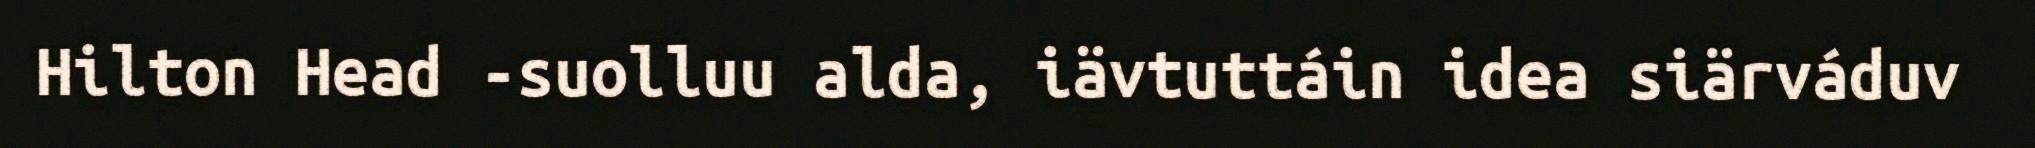
Hilton Head -suolluu alda, iävtuttáin idea siärváduv